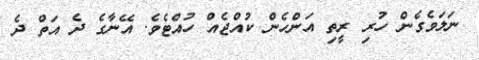
ނަލަވެގެން ހުރި ރީތި އަންހެން ކުއްޖެއް ހުއްޓެވެ. އޭނާގެ ދެ އަތް ދެ